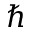
\hbar